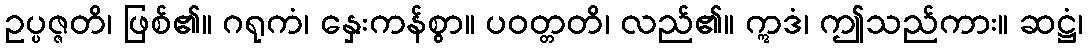
ဥပ္ပဇ္ဇတိ၊ ဖြစ်၏။ ဂရုကံ၊ နှေးကန်စွာ။ ပဝတ္တတိ၊ လည်၏။ ဣဒံ၊ ဤသည်ကား။ ဆဋ္ဌံ၊